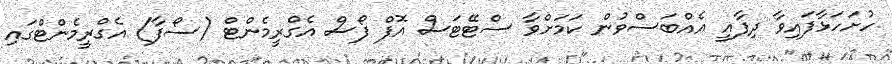
ހުށަހަޅާފައިވާ ދިފާއީ އެއްބަސްވުން ކަމަށްވާ ސްޓޭޓަސް އޮފް ފޯސް އެގްރީމެންޓް (ސޯފާ) އެގްރީމެންޓްގައި